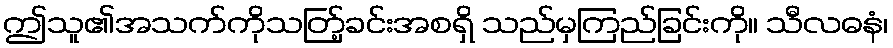
ဤသူ၏အသက်ကိုသတ်ြ့ခင်းအစရှိ သည်မှကြည်ခြင်းကို။ သီလဓနံ၊